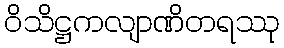
ဝိသိဋ္ဌကလျာဏိတရဿု